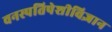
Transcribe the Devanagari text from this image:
वनस्पतिपेशीविज्ञान